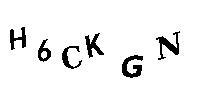
H6CKGN